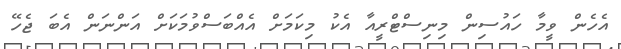
އެހެން ވީމާ ހައުސިން މިނިސްޓްރީއާ އެކު މިކަމަށް އެއްބަސްވުމަކަށް އަންނަން އެބަ ޖެހޭ